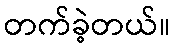
တက်ခဲ့တယ်။